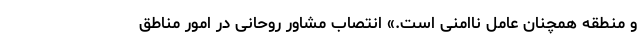
و منطقه همچنان عامل ناامنی است.» انتصاب مشاور روحانی در امور مناطق